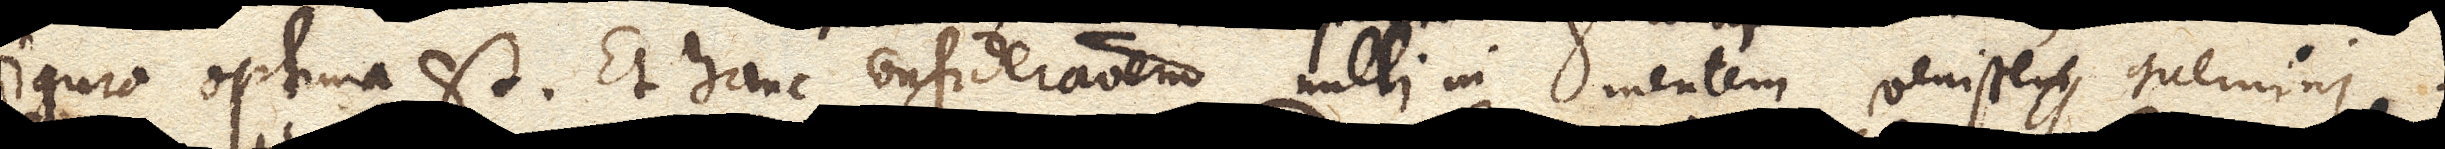
figura optima est. Et hanc considerationem nulli in mentem venisse memini.